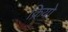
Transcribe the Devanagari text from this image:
क्रियो